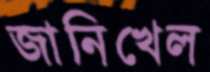
জানিখেল